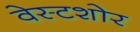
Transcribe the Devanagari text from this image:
वेस्टशोर